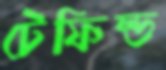
টেফিল্ড